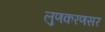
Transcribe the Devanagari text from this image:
लुणकरणसर